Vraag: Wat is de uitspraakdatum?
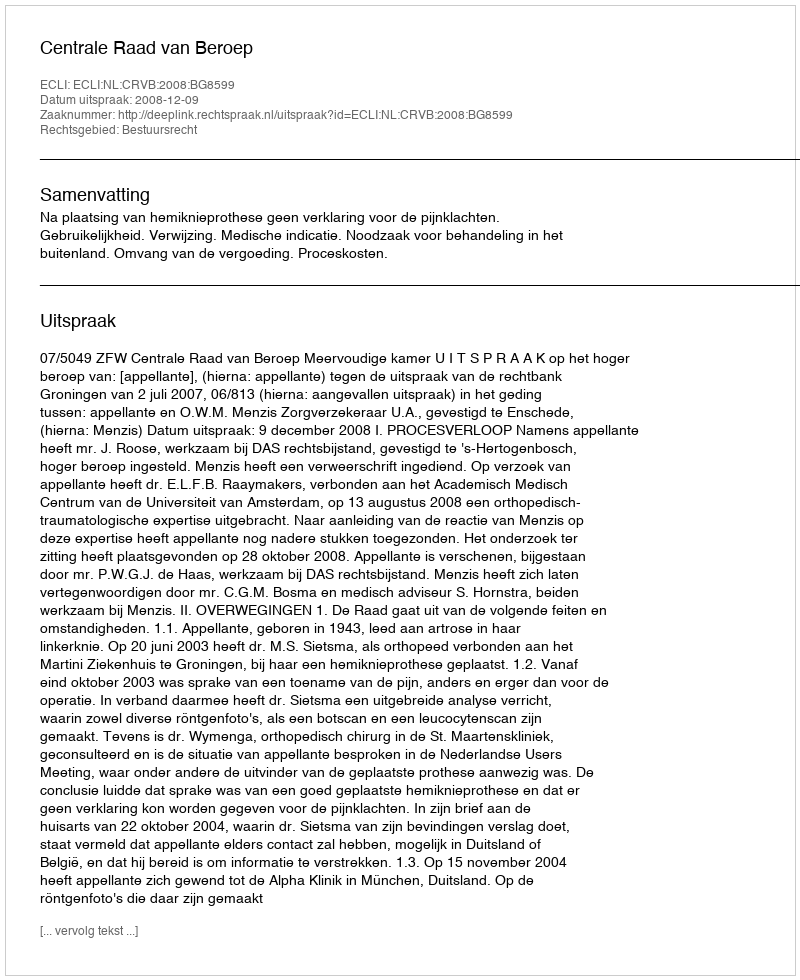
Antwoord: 2008-12-09